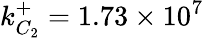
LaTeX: k_{C_{2}}^{+}=1.73\times 10^{7}